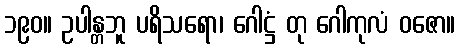
၁၉၀။ ဥပါန္တဘူ ပရိသရော၊ ဂေါဋ္ဌံ တု ဂေါကုလံ ဝဇော။